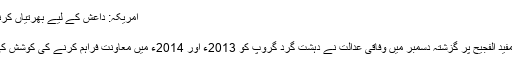
امریکہ: داعش کے لیے بھرتیاں کرنے والے کو 22 سال قید
مفید الفجیح (فائل فوٹو)
یمن نژاد امریکی شہری مفید الفجیح پر گزشتہ دسمبر میں وفاقی عدالت نے دہشت گرد گروپ کو 2013ء اور 2014ء میں معاونت فراہم کرنے کی کوشش کی فرد جرم عائد کی تھی۔